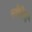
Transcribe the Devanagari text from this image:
स्वेरिये